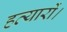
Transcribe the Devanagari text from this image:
हत्यारों।